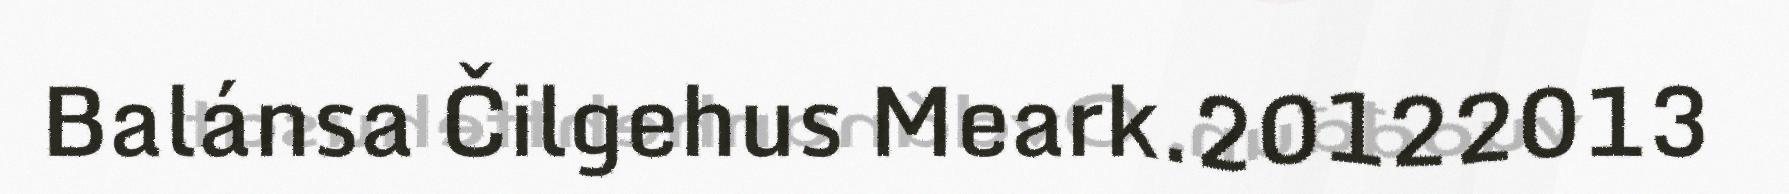
Balánsa Čilgehus Meark.20122013